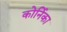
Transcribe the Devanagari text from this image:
कोर्निका